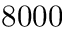
8 0 0 0